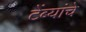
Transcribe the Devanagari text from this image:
टेंब्यांचे